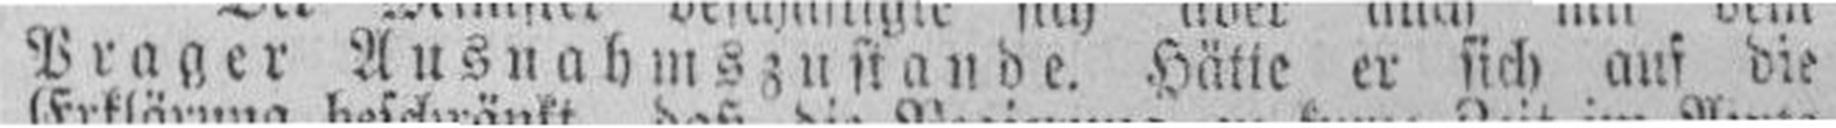
Prager Ausnahmszustande. Hätie er sich auf die